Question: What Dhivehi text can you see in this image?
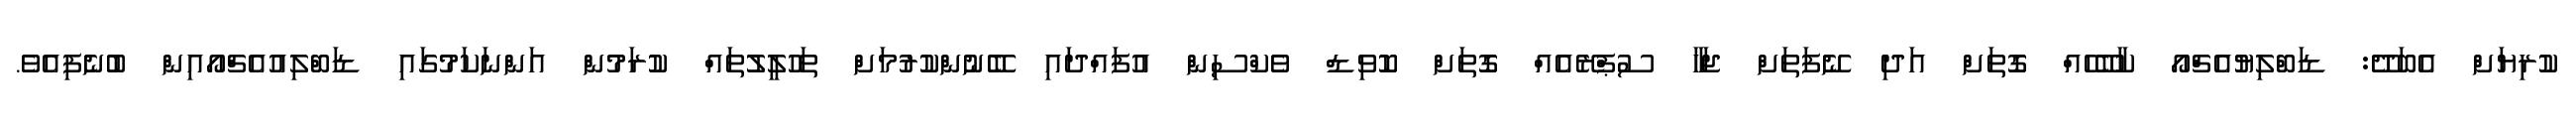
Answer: ކުރިޔަށް އެބަދޭ: ޑަބްލިޔުއެޗްއޯ ކާބޭހެއް ގޮތަށް އަދި ނޭފަތަށް ޖަހާ ސުޕްރޭއެއް ގޮތަށް ކޮވިޑް ވެކްސިން އުފައްދައި ބޭނުންކުރުމަށް ތަހުލީލުތައް ކުރަމުން އަންނަކަމުގައި ޑަބްލިއުއެޗްއޯއިން ބުނެފިއެވެ.